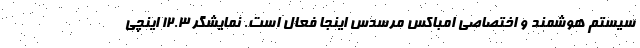
سیستم هوشمند و اختصاصی امباکس مرسدس اینجا فعال است. نمایشگر 12.3 اینچی